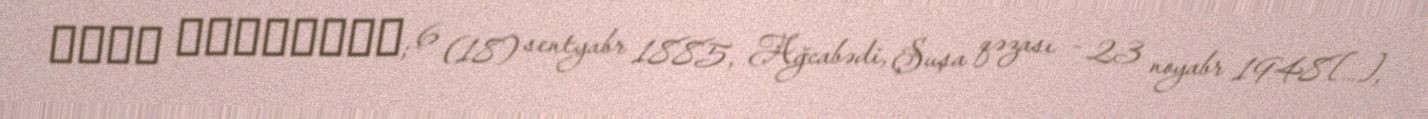
عزير حاجبايوف; 6 (18) sentyabr 1885, Ağcabədi, Şuşa qəzası – 23 noyabr 1948[…],